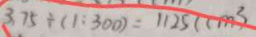
3 7 5 \div ( 1 : 3 0 0 ) = 1 1 2 5 ( c m ^ { 3 } )